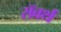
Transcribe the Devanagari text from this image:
रॉवर्थ